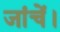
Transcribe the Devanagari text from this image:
जांचें।